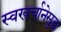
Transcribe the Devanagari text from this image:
स्वखर्चानेसुद्धा